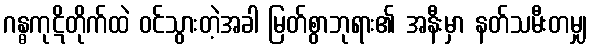
ဂန္ဓကုဋိတိုက်ထဲ ဝင်သွားတဲ့အခါ မြတ်စွာဘုရား၏ အနီးမှာ နတ်သမီးတမျှ